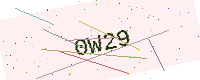
Text: 0W29